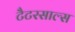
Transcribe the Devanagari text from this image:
टैटरसाल्स